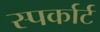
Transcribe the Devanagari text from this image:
स्पर्कार्ट